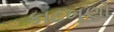
કાટખૂણો